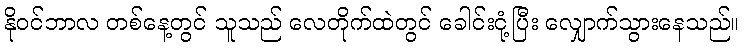
နိုဝင်ဘာလ တစ်နေ့တွင် သူသည် လေတိုက်ထဲတွင် ခေါင်းငုံ့ပြီး လျှောက်သွားနေသည်။